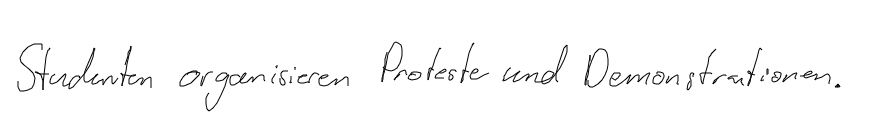
Studenten organisieren Proteste und Demonstrationen.